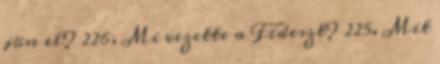
jön el? 226. Mi vezette a Fideszt? 225. Mit